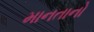
માનતાનો